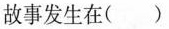
故事发生在（）